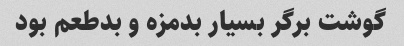
گوشت برگر بسیار بدمزه و بدطعم بود